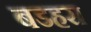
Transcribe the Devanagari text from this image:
बडहरा